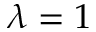
\lambda = 1